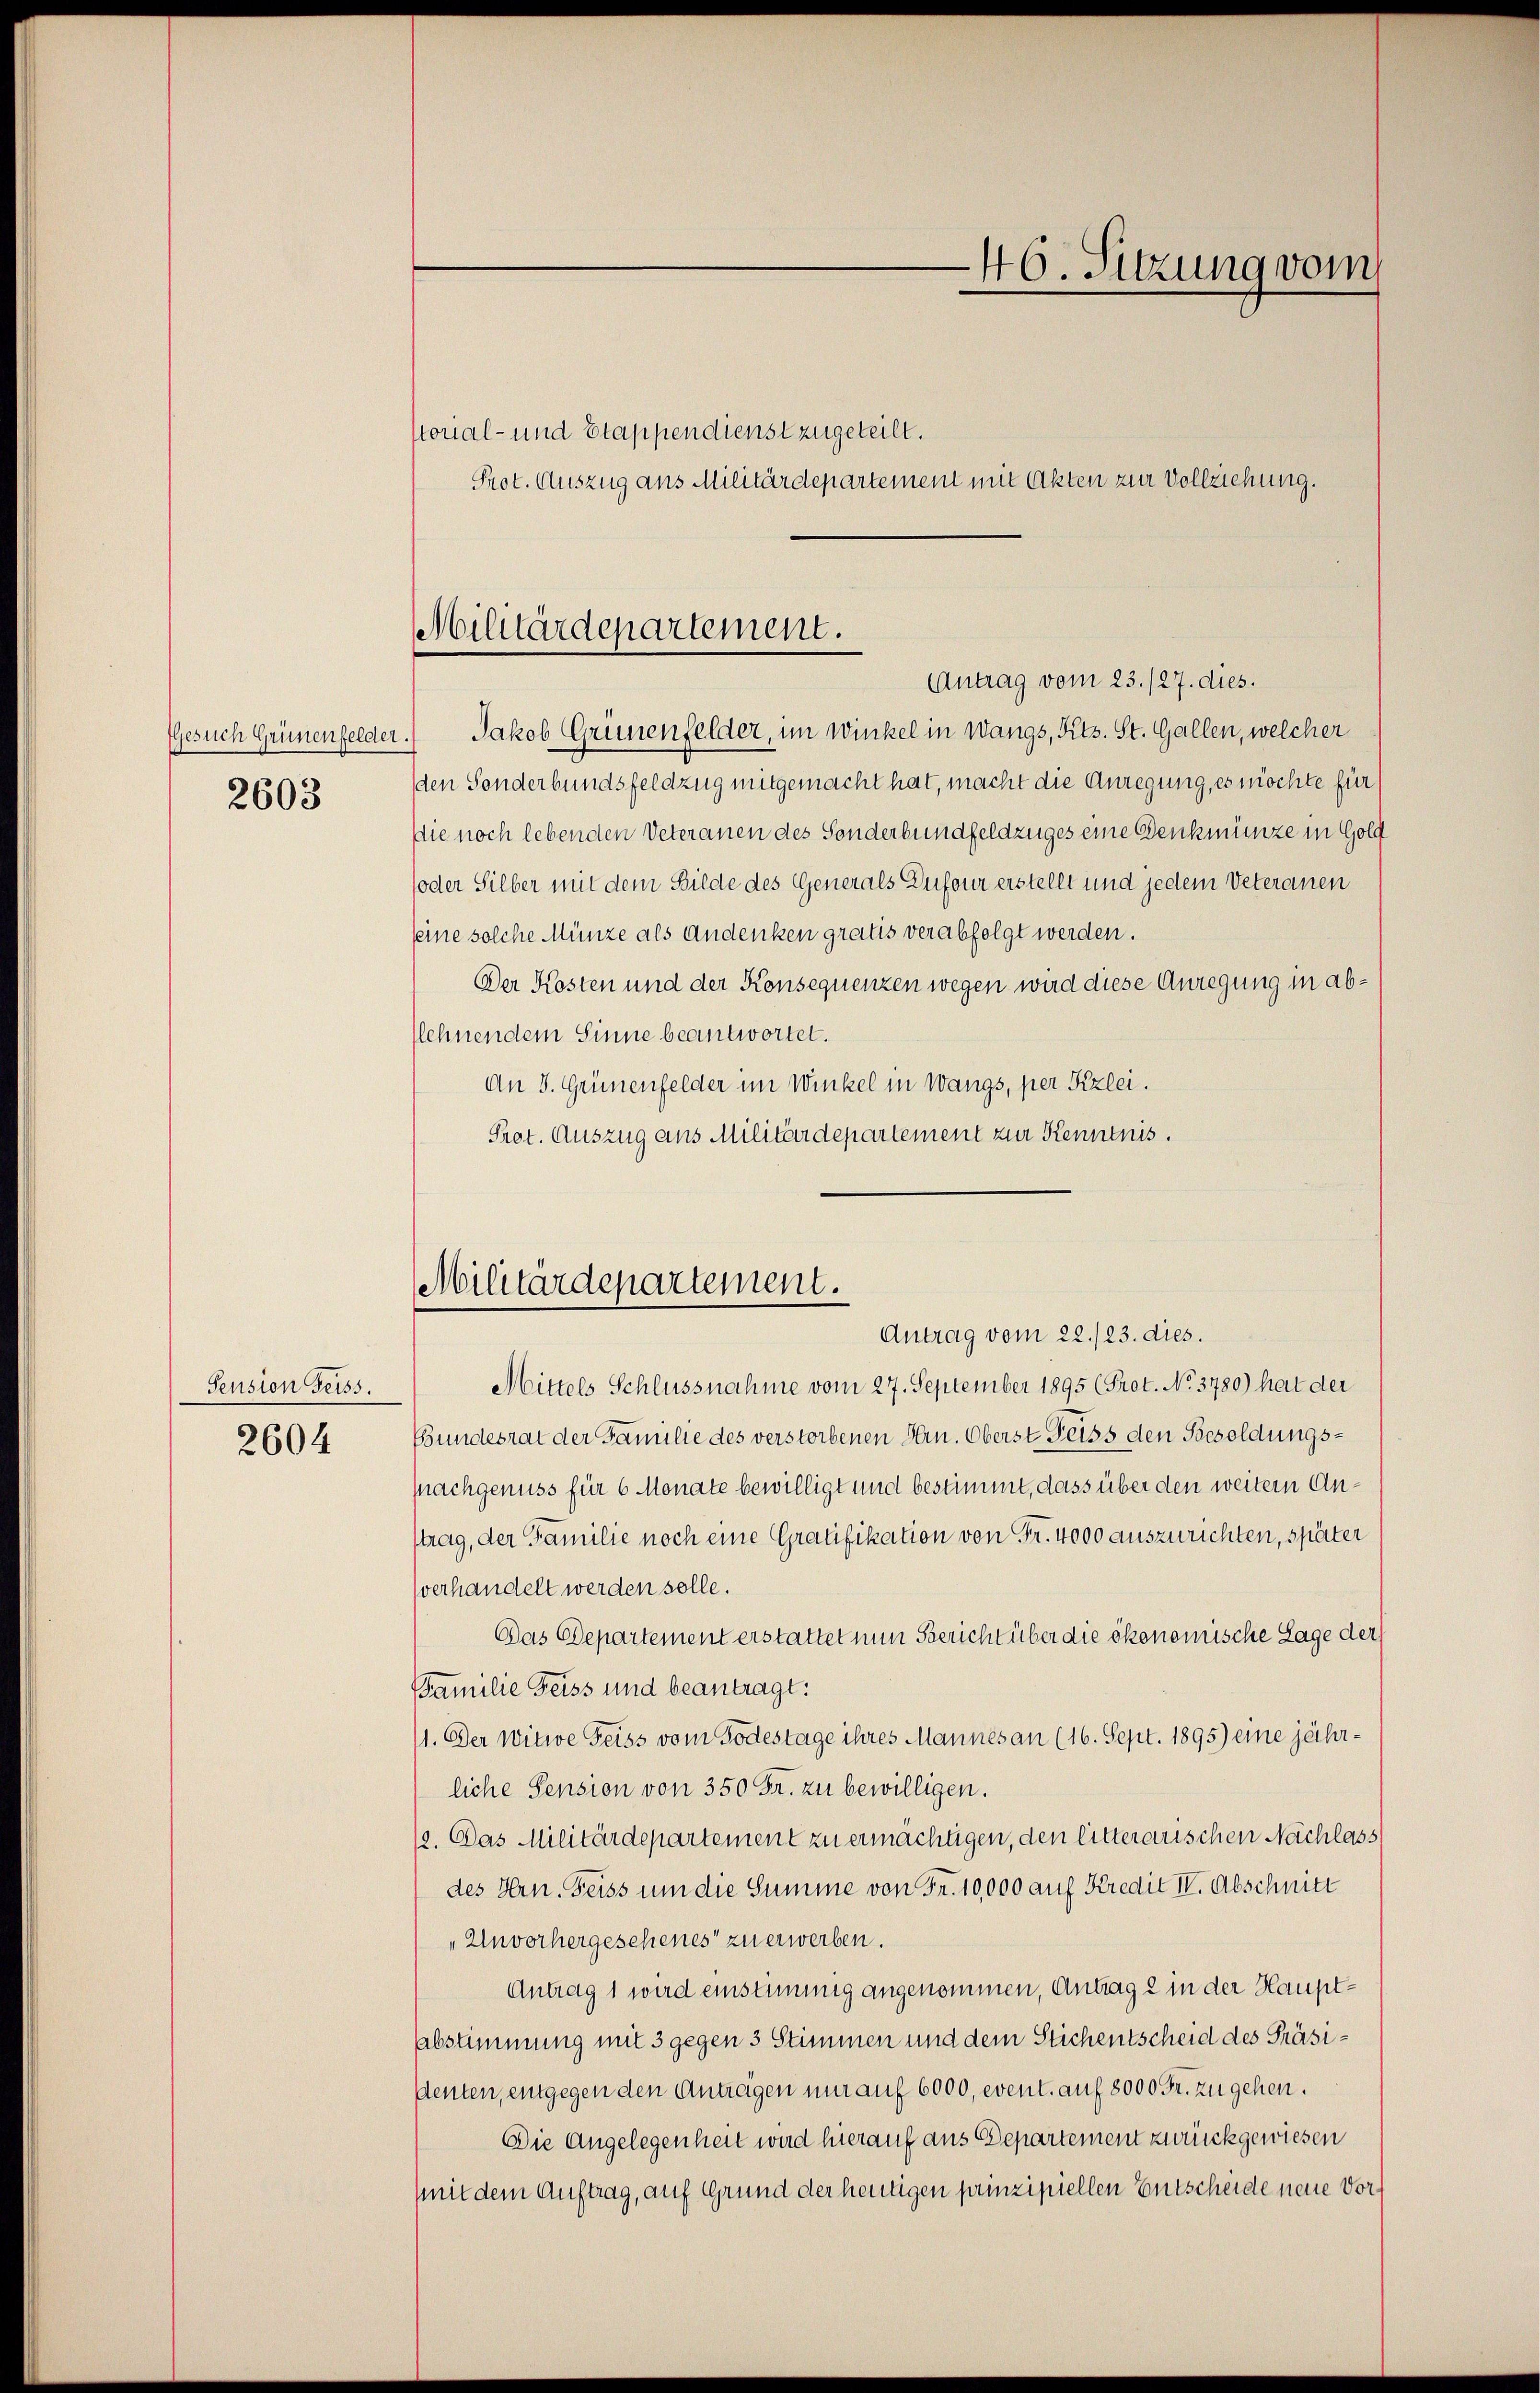
Gesuch Grünenfelder
2603

Pension Geiss.
2604

torial- und Etappendienst zugeteilt.
Prot. Auszug aus Militärdepartement mit Akten zur Vollziehung.
 Jakob Grünenfelder, im Winkel in Wangs, Kts. St. Gallen, welcher
den Sonderbundsfeldzug mitgemacht hat, macht die Anregung, es möchte für
die noch lebenden Veteranen des Sonderbundfeldzuges eine Denkmünze in Gold
oder Silber mit dem Bilde des Generals Dufour erstellt und jedem Veteranen
seine solche Münze als Andenken gratis verabfolgt werden.
Der Kosten und der Konsequenzen wegen wird diese Anregung in ablehnendem Sinne beantwortet.
An 3. Grünenfelder im Winkel in Wangs, per Pizeci.
Prot. Auszug aus Militärdepartement zur Kenntnis.

Mittels Schlussnahme vom 27. September 1895 (Prot. No. 3780) hat der
Bundesrat der Familie des verstorbenen Hrn. Oberst Geiss den Besoldungspachgenuss für 6 Monate bewilligt und bestimmt, dass über den weitern Antrag, der Familie noch eine Gratifikation von Fr. 4000 auszurichten, später
sverhandelt werden solle.
Das Departement erstattet nun Gericht über die ökonomische Lage der
Familie Feiss und beantragt:
11. Der Witwe Feiss vom Todestage ihres Mannes an (16. Sept. 1895) eine jährliche Pension von 350 Fr. zu bewilligen.
1. Das Militärdepartement zu ermachtigen, den litterarischen Nachlass
des Hrn. Feiss um die Summe von Fr. 10,000 auf Kredit IV. Abschnitt
„Unvorhergesehenes zu erwerben.
Antrag 1 wird einstimmig angenommen, Antrag 2 in der Haupt¬
Abstimmung mit 3 gegen 3 Stimmen und dem Stichentscheid des Präsistenten, entgegen den Antragen nur auf 6000, event. auf 8000 Fr. zu gehen.
Die Angelegenheit wird hierauf aus Departement zurückgewiesen
Mit dem Auftrag, auf Grund der heutigen prinzipiellen Entscheide neue Vor¬

46. Sitzung vom

Militärdepartement.
Antrag vom 23./27. dies.

Militärdepartement.
Antrag vom 22./23. dies.